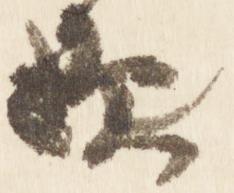
歟